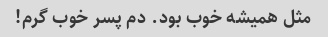
مثل همیشه خوب بود. دم پسر خوب گرم!